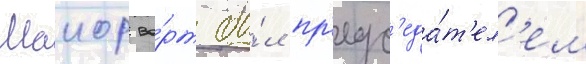
Маиор во́рт бы́л пр'едс'еда́т'ел'ем